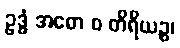
ဥဒ္ဓံ အဓော စ တိရိယဉ္စ၊